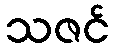
သဇင်